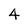
Character: 4